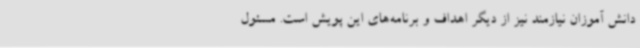
دانش آموزان نیازمند نیز از دیگر اهداف و برنامه‌های این پویش است. مسئول